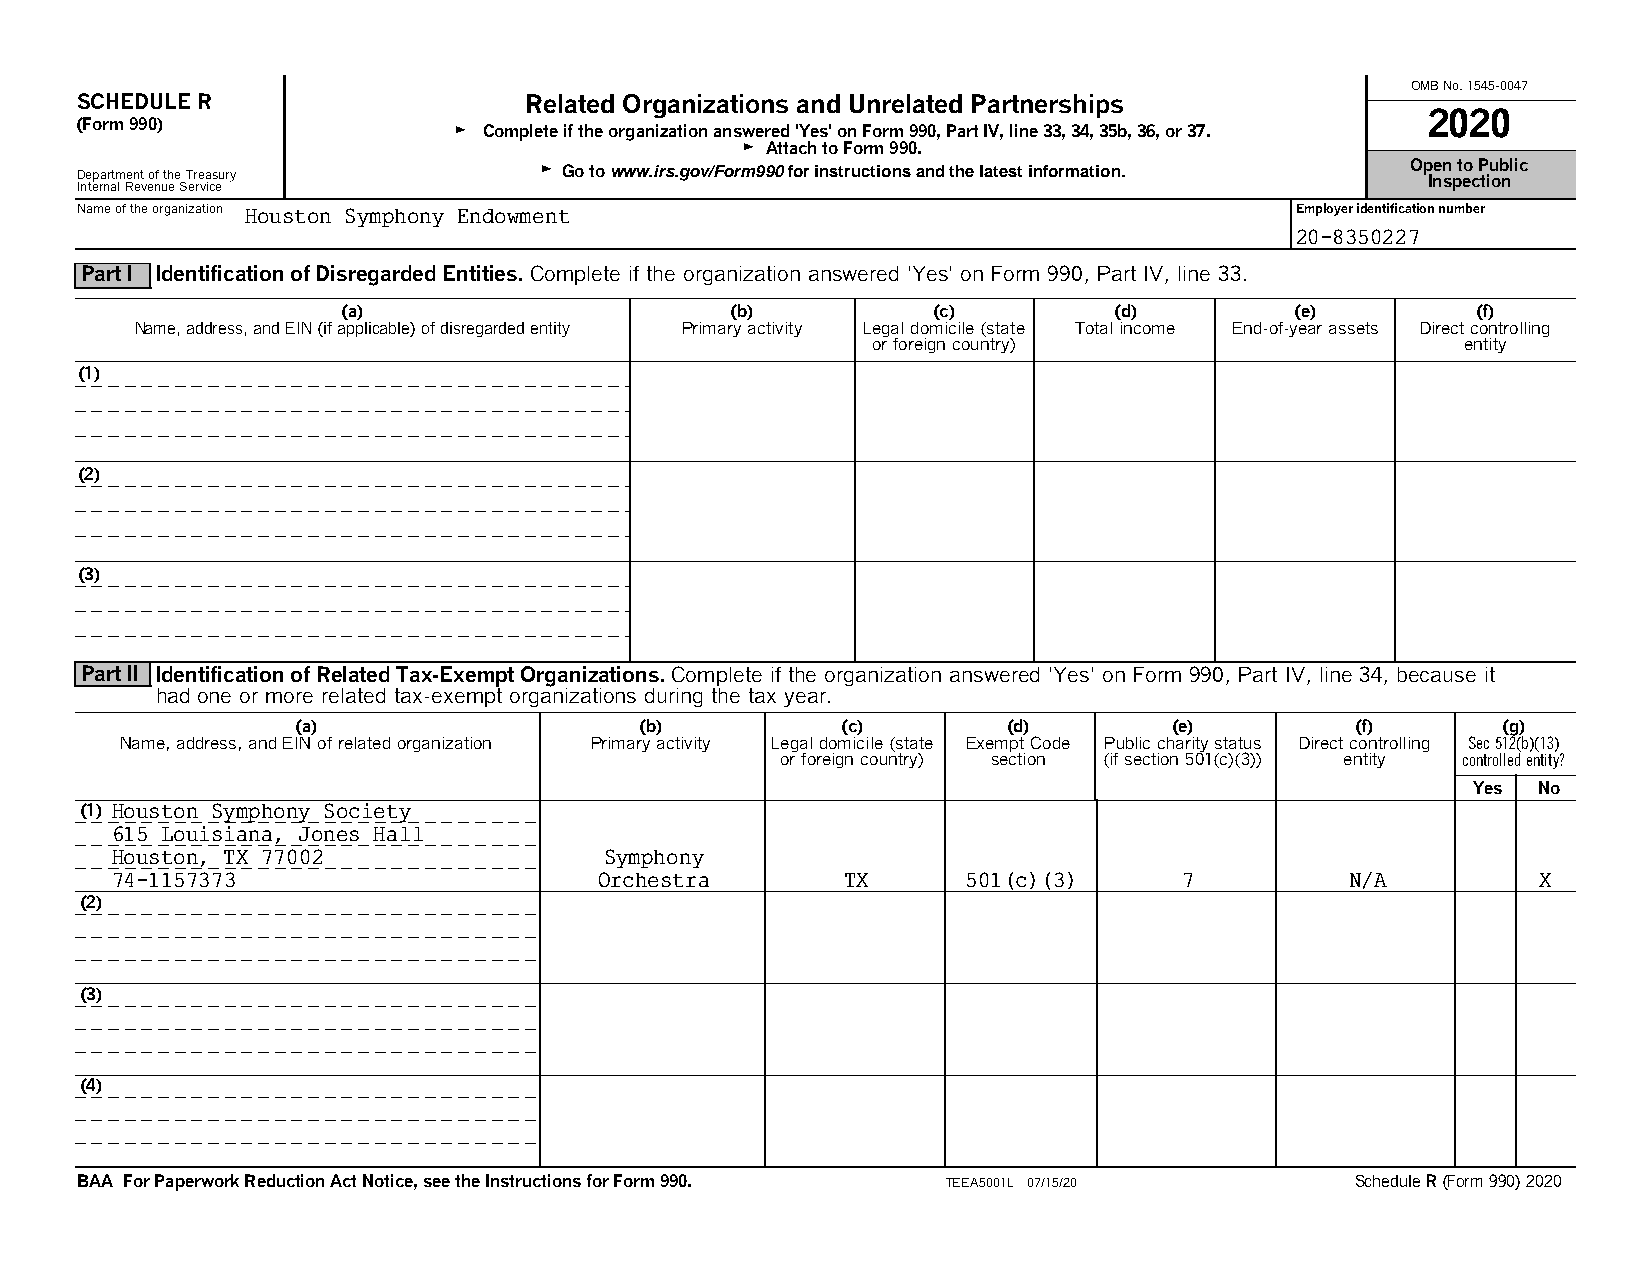
OMB No. 1545-0047
 SCHEDULE R                    Related Organizations and Unrelated Partnerships
 2020
 (Form 990)
 G Complete if the organization answered 'Yes' on Form 990, Part IV, line 33, 34, 35b, 36, or 37.
 G Attach to Form 990.
 Department of the Treasury     G Go to www.irs.gov/Form990 for instructions and the latest information. Op Ine sn p t eo c P tiu ob nlic
 Internal Revenue Service
 Name of the organization Houston Symphony Endowment                              Employer identification number
 20-8350227
 Part I Identification of Disregarded Entities. Complete if the organization answered 'Yes' on Form 990, Part IV, line 33.
 (a)                      (b)           (c)         (d)         (e)         (f)
 Name, address, and EIN (if applicable) of disregarded entity Primary activity Legal domicile (state Total income End-of-year assets Direct controlling
 or foreign country)                    entity
 (1)
 (2)
 (3)
 Part II Identification of Related Tax-Exempt Organizations. Complete if the organization answered 'Yes' on Form 990, Part IV, line 34, because it
 hadone or more related tax-exempt organizations during the tax year.
 (a)                   (b)           (c)        (d)        (e)         (f)      (g)
 Name, address, and EIN of related organization Primary activity Legal domicile (state Exempt Code Public charity status Direct controlling Sec 512(b)(13)
 or foreign country) section (if section 501(c)(3)) entity controlled entity?
 Yes  No
 (1) Houston Symphony Society
 615 Louisiana, Jones Hall
 Houston, TX 77002                Symphony
 74-1157373                       Orchestra       TX      501(c)(3)     7          N/A          X
 (2)
 (3)
 (4)
 BAA For Paperwork Reduction Act Notice, see the Instructions for Form 990. TEEA5001L 07/15/20 Schedule R (Form 990) 2020